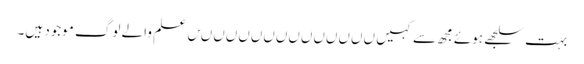
بہت سلجھے ہوئے مجھ سے کہیں ںںںںںںںںںںںںںںں علم والے لوگ موجود ہیں۔